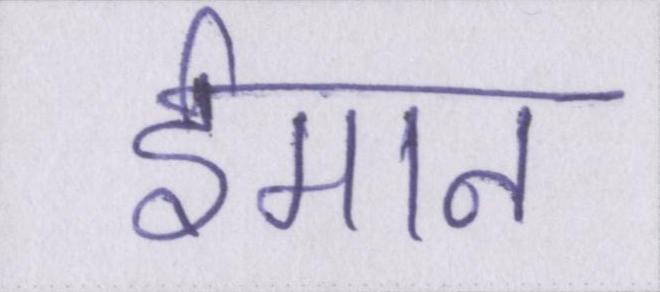
ईमान